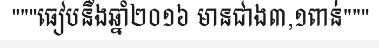
"""ធៀបនឹងឆ្នាំ២០១៦ មានជាង៣,១ពាន់"""